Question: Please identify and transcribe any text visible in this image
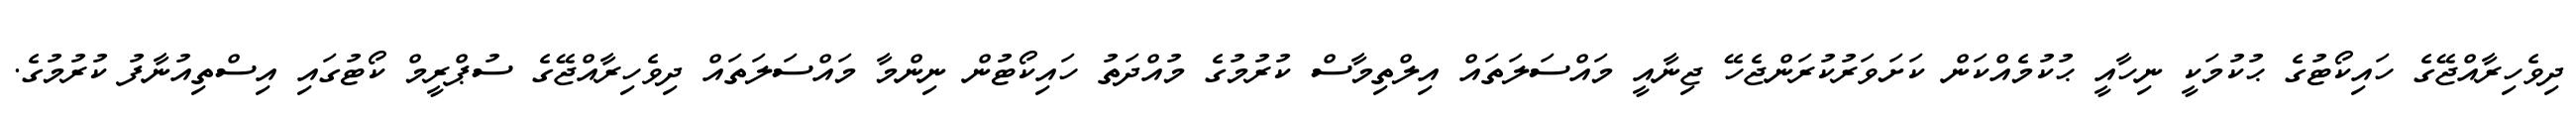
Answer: ދިވެހިރާއްޖޭގެ ހައިކޯޓުގެ ޙުކުމަކީ ނިހާއީ ޙުކުމެއްކަން ކަށަވަރުކުރަންޖެހޭ ޖިނާއީ މައްސަލަތައް އިލްތިމާސް ކުރުމުގެ މުއްދަތު ހައިކޯޓުން ނިންމާ މައްސަލަތައް ދިވެހިރާއްޖޭގެ ސުޕްރީމް ކޯޓުގައި އިސްތިއުނާފު ކުރުމުގެ.